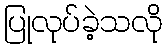
ပြုလုပ်ခဲ့သလို